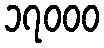
၁၇၀၀၀